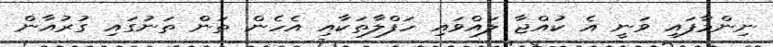
ނިންމާފައި ވަނީ އެ ކުއްޖާ ލައްވައި ހަފްލާތަކާއި އެހެން ތަން ތަނުގައި ގުރުއާން